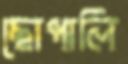
ছোপালি